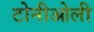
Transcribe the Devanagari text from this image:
टोनीओली